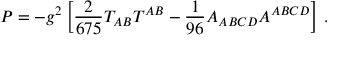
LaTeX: P = - g ^ { 2 } \left[ { \frac { 2 } { 6 7 5 } } T _ { A B } T ^ { A B } - { \frac { 1 } { 9 6 } } A _ { A B C D } A ^ { A B C D } \right] \, .